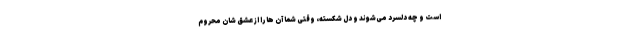
است و چه دلسرد می‌شوند و دل شکسته، وقتی شما آن ها را از عشق شان محروم